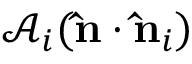
\mathcal { A } _ { i } ( \mathbf { \hat { n } } \cdot \mathbf { \hat { n } } _ { i } )